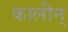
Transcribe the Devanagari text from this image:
कालीन्